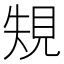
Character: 𰴐